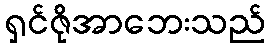
ရှင်ဇိုအာဘေးသည်